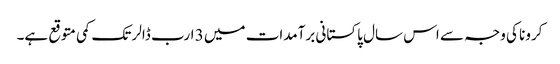
کرونا کی وجہ سے اس سال پاکستانی برآمدات میں 3 ارب ڈالر تک کمی متوقع ہے۔